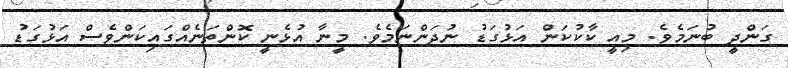
ގަންދީ ބުނަމެވެ. މިއީ ކާކުކަން އަޅުގަޑު ނުދަންނަމެވެ. މީނާ އުޅެނީ ކޮންތަނެއްގައިކަންވެސް އަޅުގަޑު